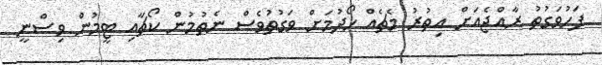
ފަހުވަގުތު ރާއްޖެއަށް އިތުރު މެޗެއް ހޯދުމަށް ވަގުތުވެސް ނެތުމުން ކޯޗާއި ޓީމުން ވިސްނީ